Manual of the Civil Veterinary Department, Central Provinces and Berar
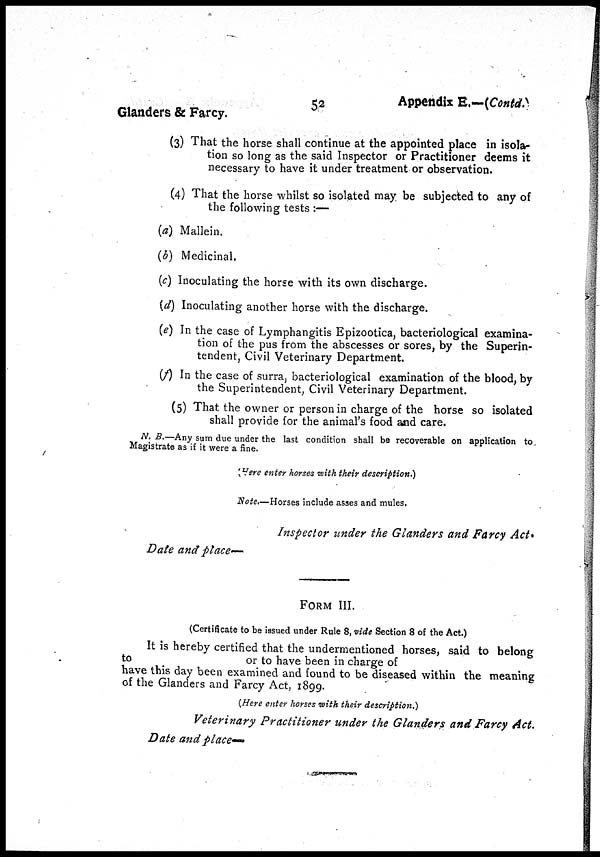
52
Appendix E.—(Contd.)
Glanders & Farcy.
(3) That the horse shall continue at the appointed place in isola-
tion so long as the said Inspector or Practitioner deems it
necessary to have it under treatment or observation.
(4) That the horse whilst so isolated may be subjected to any of
the following tests :—
(a) Mallein.
(b) Medicinal.
(c) Inoculating the horse with its own discharge.
(d) Inoculating another horse with the discharge.
(e) In the case of Lymphangitis Epizootica, bacteriological examina-
tion of the pus from the abscesses or sores, by the Superin-
tendent, Civil Veterinary Department.
(f) In the case of surra, bacteriological examination of the blood, by
the Superintendent, Civil Veterinary Department.
(5) That the owner or person in charge of the horse so isolated
shall provide for the animal's food and care.
N. B.—Any sum due under the last condition shall be recoverable on application to
Magistrate as if it were a fine.
(Here enter horses with their description.)
Note.—Horses include asses and mules.
Inspector under the Glanders and Farcy Act.
Date and place—
FORM III.
(Certificate to be issued under Rule 8, vide Section 8 of the Act.)
It is hereby certified that the undermentioned horses, said to belong
to
or to have been in charge of
have this day been examined and found to be diseased within the meaning
of the Glanders and Farcy Act, 1899.
(Here enter horses with their description.)
Veterinary Practitioner under the Glanders and Farcy Act.
Date and place-—